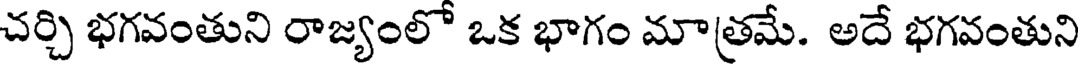
చర్చి భగవంతుని రాజ్యంలో ఒక భాగం మాత్రమే. అదే భగవంతుని